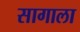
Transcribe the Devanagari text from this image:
सागाला